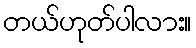
တယ်ဟုတ်ပါလား။